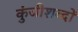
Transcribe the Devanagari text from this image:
कुंजीशब्दों